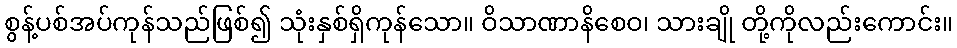
စွန့်ပစ်အပ်ကုန်သည်ဖြစ်၍ သုံးနှစ်ရှိကုန်သော။ ဝိသာဏာနိစေဝ၊ သားချို တို့ကိုလည်းကောင်း။